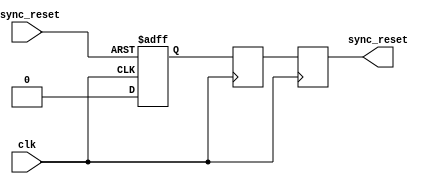
module async_reset_synchronizer (
    input wire async_reset,   // Asynchronous reset input
    input wire clk,           // Clock input
    output reg sync_reset     // Synchronized reset output
);

    // Internal signals for the synchronizer flip-flops
    reg ff1, ff2;

    // Always block for the synchronous reset logic
    always @(posedge clk or posedge async_reset) begin
        if (async_reset) begin
            ff1 <= 1'b1;  // Immediately assert the first flip-flop on async reset
        end else begin
            ff1 <= 1'b0;  // Deassert on clock edge
        end
    end

    // Second flip-flop for further synchronization
    always @(posedge clk) begin
        ff2 <= ff1;  // Sample the first flip-flop output
    end

    // Final synchronized reset output
    always @(posedge clk) begin
        sync_reset <= ff2;  // Output the synchronized reset signal
    end

endmodule